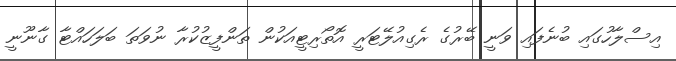
އިސްލާހުގައި ބުނެފައި ވަނީ ބޭރުގެ ރެގިއުލޭޓަރީ އޮތޯރިޓީއަކުން ތަންފީޒުކުރާ ނުވަތަ ބަލަހައްޓާ ގާނޫނީ